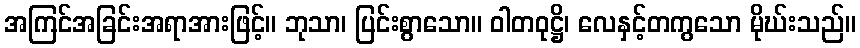
အကြင်အခြင်းအရာအားဖြင့်။ ဘုသာ၊ ပြင်းစွာသော။ ဝါတဝုဋ္ဌိ၊ လေနှင့်တကွသော မိုဃ်းသည်။